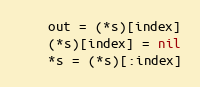
Language: Go
	out = (*s)[index]
	(*s)[index] = nil
	*s = (*s)[:index]